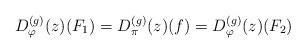
LaTeX: \begin{align*}D_{\varphi}^{(g)}(z)(F_{1}) = D_{\pi}^{(g)}(z)(f) = D_{\varphi}^{(g)}(z)(F_{2})\end{align*}